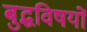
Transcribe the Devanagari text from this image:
बुद्धविषयों